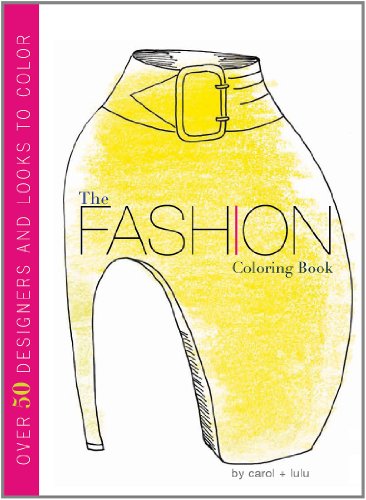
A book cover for The Fashion Coloring Book; Carol Chu; Teen & Young Adult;